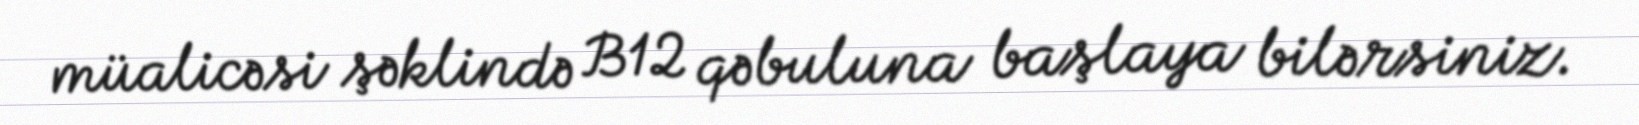
müalicəsi şəklində B12 qəbuluna başlaya bilərsiniz.